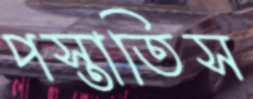
পস্তাতিস